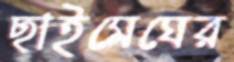
ছাইমেঘের